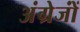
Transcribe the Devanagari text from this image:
अंग्रेजोंं